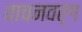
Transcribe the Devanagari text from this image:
वाचनवर्ग